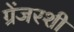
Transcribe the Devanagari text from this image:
ग्रेंजरशी